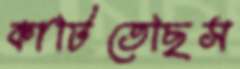
কাটিতেছিস